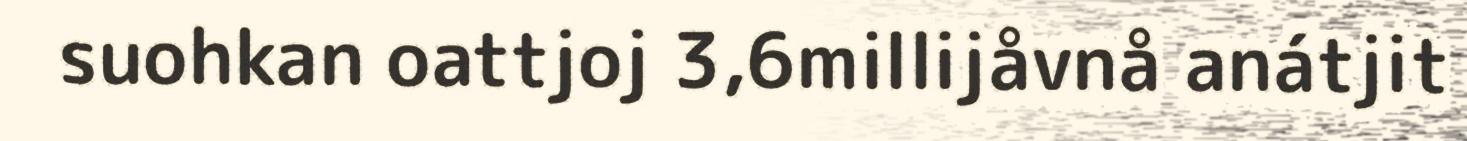
suohkan oattjoj 3,6millijåvnå anátjit